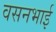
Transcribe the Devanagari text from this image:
वसनभाई